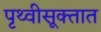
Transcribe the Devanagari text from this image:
पृथ्वीसूक्तात